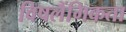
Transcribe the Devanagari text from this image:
विषलैंगिकता